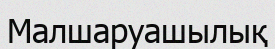
Малшаруашылық